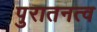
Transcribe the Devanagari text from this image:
पुरातनत्व